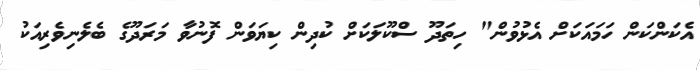
އެކަންކަން ހަމައަކަށް އެޅުވުން" ހިތަދޫ ސްކޫލަކަށް ކުދިން ކިޔަވަން ފޮނުވާ މަރަދޫގެ ބެލެނިވެރިއަކު